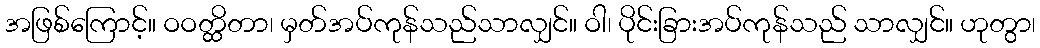
အဖြစ်ကြောင့်။ ဝဝတ္ထိတာ၊ မှတ်အပ်ကုန်သည်သာလျှင်။ ဝါ၊ ပိုင်းခြားအပ်ကုန်သည် သာလျှင်။ ဟုတွာ၊